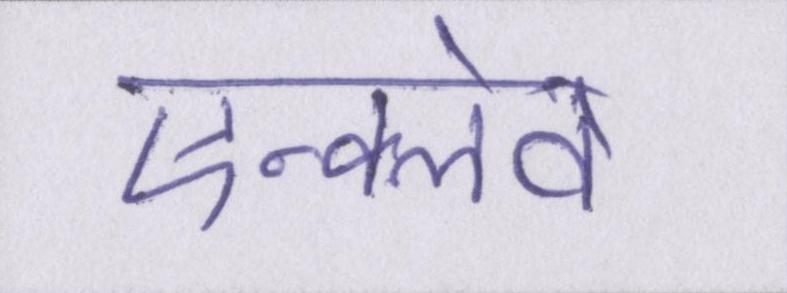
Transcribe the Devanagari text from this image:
एन्क्लेव